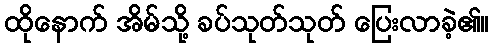
ထိုနောက် အိမ်သို့ ခပ်သုတ်သုတ် ပြေးလာခဲ့၏။